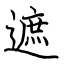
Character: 遮